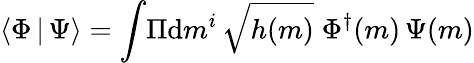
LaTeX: \langle\Phi\, |\, \Psi\rangle=\int\! \Pi\mathrm{d}m^{i}\, \sqrt{h(m)}\; \Phi^{\dagger}(m)\, \Psi(m)